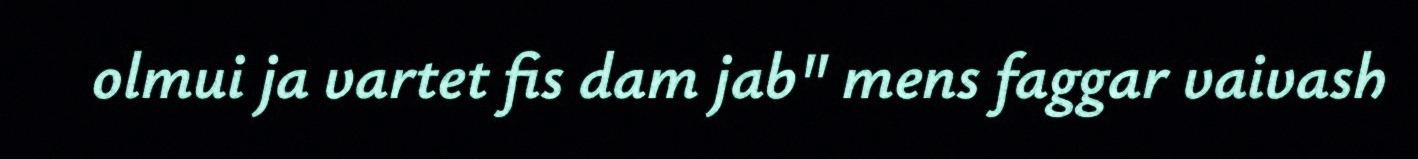
olmui ja vartet fis dam jab" mens faggar vaivash